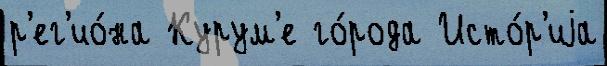
р'ег'ио́на Курум'е го́рода Исто́р'иjа